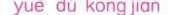
九、阅读空间。(11分 cōng míng de xiǎo hóu gē 、猴哥 sēn lín lǐ dà jā gōng rèn xiǎo hóu gē zuì cōng míng xiǎo dòng wù men yù dào ”k里。大冢公认小猴哥最聪明。小动物们遇到 shén me nán tí dōu lái zhǎoxiǎo hóu gē jě jué bǐ rú xiǎā yě zhǔ xiǎng xué gài 么难题，都来找小猴哥解决。比如，小野猪想学盖 fáng zi la huáng lí xiǎng xué wǔ xiàn pǔl α xióng māoxiǎng xué huà huà lα xiǎo 房子啦。黄鹂想学五线谱啦熊猫想学画画啦小 hóu gē zǒng shì xiàc zhe shuō jǎn dān jǎn dān suí hòu jù bǎ fáng zi zěn me猴哥总是笑 ：间单，间牛：随后就把房子怎么 gài wǔ xiàn pǔ zěn me xué děng dōu gào su le xiǎo dòng wù men盍、五线谱怎么学等，都告订 」、动物们。 xíǎo yě zhū xué zhe gàī fáng zi huáng lí měi tiān zǎo qǐ liàn gē hóu xióng māo 小野猪学看盖房子，黄鹂每天早起练歌喉，熊猫 zhuān xīn de dào yě wài qù huà huàzhǐ yǒu xiǎo hóu gē zhěng tiān dāi zài jā ǐ 专心地到野外去画画……只有小猴哥整天待在家里， hē kā fēi tīng yīn yuè tǎng zài chuáng shàng bì mù yǎng shén 喝咖啡、听音乐，躺在床上闭目养神。 zhè tiān xiǎo hóu gē ná qǐ gāng gāng sòng láide wǎn bào jīng qi de fā 这大。小猴哥拿起刚刚送来的晚报，原可地发 xiàn xiǎo yě zhū chéng $$\overrightarrow{J}$$ jiàn zhù shī huáng lí chéng $$\frac{le}{J}$$ gē xīng xióng māochéng le现：小野猪成建筑师，黄鹂成 次星，熊猫成 huà jü jù lián píng shí bèn shǒu bèn jiǎo de gǒu xióng yě kāi gǐ zhěn suǒ dāng 画家……就连平时苯手笨脚的狗熊，也开起诊所，当 shàng $$\frac{1e}{j}$$ yī shēng xiàn zài tā men dōu chéng le míng rén ér wǒ ne wǒ zhè me cǒngmíng ”现在他们都成了名 而我呢？我这么聪明 què shén me yě méi gàn chéng zhè dào dǐ shì wèi shén me ne cōngmíng de xiǎo hóu 总明的小猴成，这到底是为什么呢 gē zěn me yě xiǎng bù míng bai哥怎么也想不明白。1.根据文章内容连一连。(4分)小野猪 黄鹂 熊猫 狗熊歌星 画家 医生 建筑师2.小猴哥很聪明却什么也没干成，这是为什么呢？在你认为正确的说法后面打”√”。(4分)(1)没有动手去做一件事。 ()(2)把知识都告诉了别人。 ()(3)只帮助别人解决难题，自己整天在家里闲着。()(4)小动物们不让他干。 ()3.读了文章，你认为实际上森林里谁最聪明？为什么？(3分)